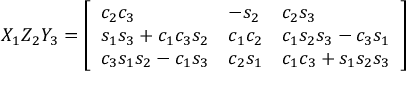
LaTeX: X _ { 1 } Z _ { 2 } Y _ { 3 } = { \left[ \begin{array} { l l l } { c _ { 2 } c _ { 3 } } & { - s _ { 2 } } & { c _ { 2 } s _ { 3 } } \\ { s _ { 1 } s _ { 3 } + c _ { 1 } c _ { 3 } s _ { 2 } } & { c _ { 1 } c _ { 2 } } & { c _ { 1 } s _ { 2 } s _ { 3 } - c _ { 3 } s _ { 1 } } \\ { c _ { 3 } s _ { 1 } s _ { 2 } - c _ { 1 } s _ { 3 } } & { c _ { 2 } s _ { 1 } } & { c _ { 1 } c _ { 3 } + s _ { 1 } s _ { 2 } s _ { 3 } } \end{array} \right] }